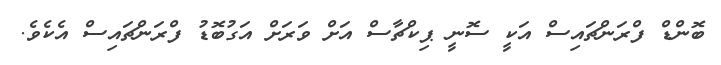
ބޮންޑް ފްރަންޗައިސް އަކީ ސޮނީ ޕިކްޗާސް އަށް ވަރަށް އަގުބޮޑު ފްރަންޗައިސް އެކެވެ.